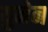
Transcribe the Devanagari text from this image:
युनेन